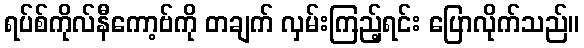
ရပ်စ်ကိုလ်နီကော့ဗ်ကို တချက် လှမ်းကြည့်ရင်း ပြောလိုက်သည်။